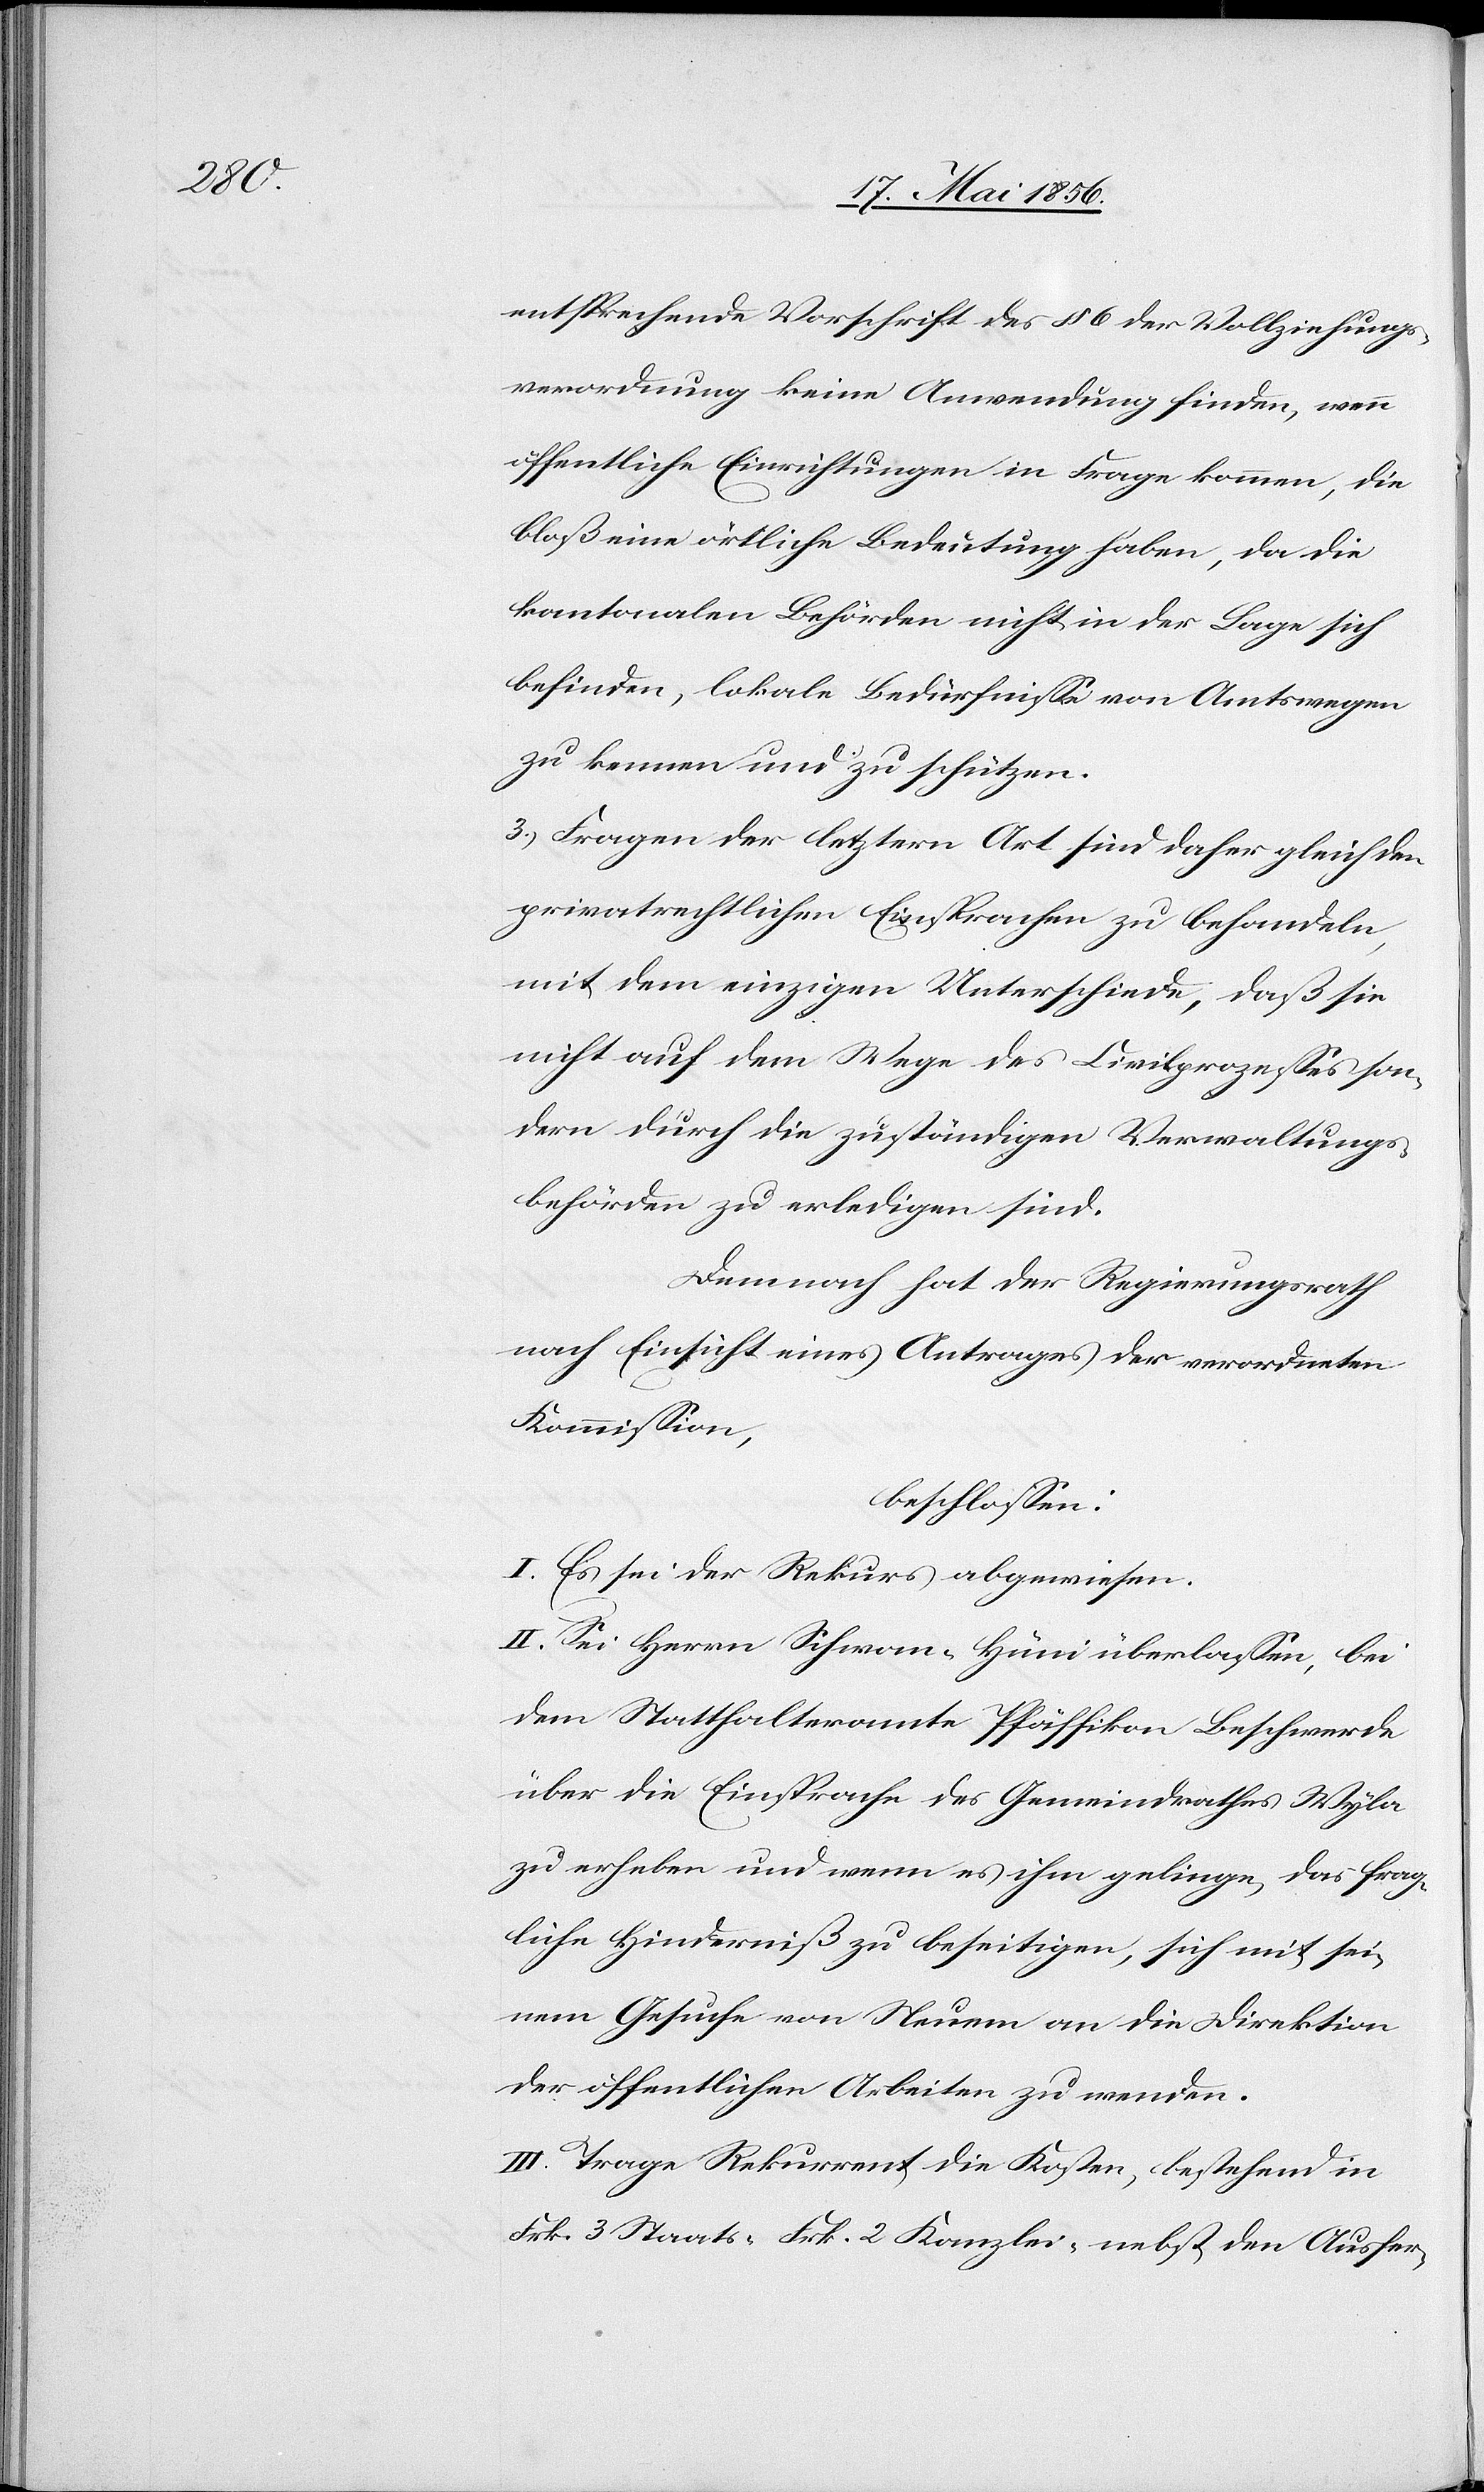
entsprechende Vorschrift des § 6 der Vollziehungs¬
verordnung keine Anwendung finden, wenn
öffentliche Einrichtungen in Frage kommen, die
bloß eine örtliche Bedeutung haben, da die
kantonalen Behörden nicht in der Lage sich
befinden, lokale Bedürfnisse von Amtswegen
zu kennen und zu schützen.
3.) Fragen der letztern Art sind daher gleich den
privatrechtlichen Einsprachen zu behandeln,
mit dem einzigen Unterschiede, daß sie
nicht auf dem Wege des Civilprozesses son¬
dern durch die zuständigen Verwaltungs¬
behörden zu erledigen sind.
Demnach hat der Regierungsrath
nach Einsicht eines Antrages der verordneten
Kommission,
beschlossen:
I. Es sei der Rekurs abgewiesen.
II. Sei Herrn Schwan-Hüni überlassen, bei
dem Statthalteramte Pfäffikon Beschwerde
über die Einsprache des Gemeindrathes Wyla
zu erheben und wenn es ihm gelinge, das frag¬
liche Hinderniß zu beseitigen, sich mit sei¬
nem Gesuche von Neuem an die Direktion
der öffentlichen Arbeiten zu wenden.
III. Trage Rekurrent die Kosten, bestehend in
Frk. 3 Staats- [,] Frk. 2 Kanzlei- nebst den Ausfer-